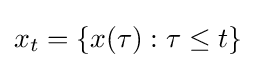
x_{t}=\{x(\tau ):\tau \leq t\}